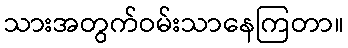
သားအတွက်ဝမ်းသာနေကြတာ။